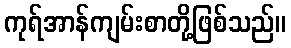
ကုရ်အာန်ကျမ်းစာတို့ဖြစ်သည်။